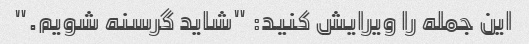
این جمله را ویرایش کنید: "شاید گرسنه شویم."